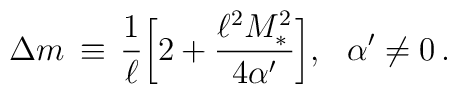
\Delta m\,\equiv\,\frac{1}{\ell}\bigg[2+\frac{\ell^2 M_*^2}{4\alpha'}\bigg],\,\,\,\,\alpha'\neq 0\,.